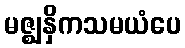
မဇ္ဈနှိကသမယံပေ